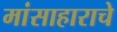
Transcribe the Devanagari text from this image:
मांसाहाराचे